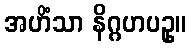
အဟိံသာ နိဂ္ဂဟပဥှ။